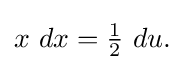
{\textstyle x\ dx={\frac {1}{2}}\ du.}